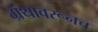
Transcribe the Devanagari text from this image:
ग्रंथावरूनच